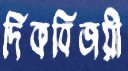
দিকবিজয়ী